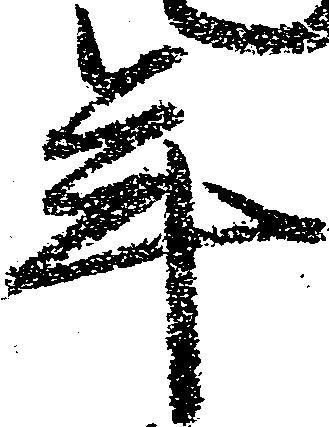
年